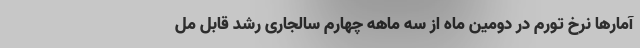
آمارها نرخ تورم در دومین ماه از سه ماهه چهارم سالجاری رشد قابل مل